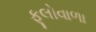
ફૂલોવાળા